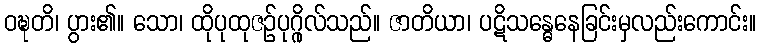
ဝဍ္ဎတိ၊ ပွား၏။ သော၊ ထိုပုထုဇဉ်ပုဂ္ဂိုလ်သည်။ ဇာတိယာ၊ ပဋိသန္ဓေနေခြင်းမှလည်းကောင်း။